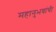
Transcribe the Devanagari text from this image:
महानुभवांची